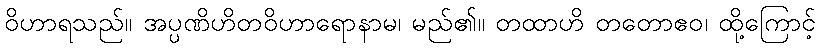
ဝိဟာရသည်။ အပ္ပဏိဟိတဝိဟာရောနာမ၊ မည်၏။ တထာဟိ တတောဧဝ၊ ထို့ကြောင့်